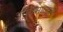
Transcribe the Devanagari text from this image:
अमुक्तमाल्यद